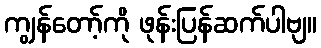
ကျွန်တော့်ကို ဖုန်းပြန်ဆက်ပါဗျ။